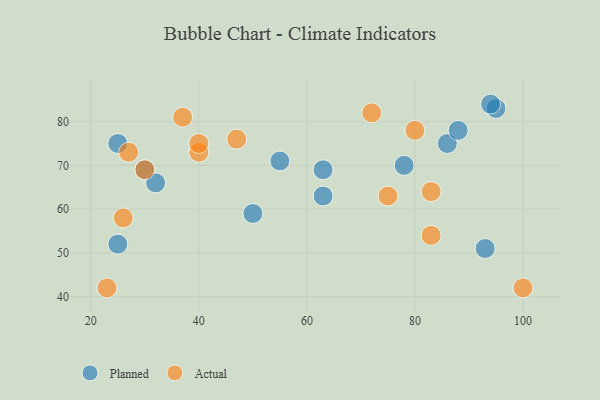
{"axis": {"x": "GDP", "y": "Life Expectancy"}, "legend": ["Actual", "Planned"], "data": [{"x": "30", "y": 69, "type": "Planned"}, {"x": "95", "y": 83, "type": "Planned"}, {"x": "93", "y": 51, "type": "Planned"}, {"x": "32", "y": 66, "type": "Planned"}, {"x": "55", "y": 71, "type": "Planned"}, {"x": "86", "y": 75, "type": "Planned"}, {"x": "88", "y": 78, "type": "Planned"}, {"x": "50", "y": 59, "type": "Planned"}, {"x": "63", "y": 63, "type": "Planned"}, {"x": "78", "y": 70, "type": "Planned"}, {"x": "94", "y": 84, "type": "Planned"}, {"x": "63", "y": 69, "type": "Planned"}, {"x": "25", "y": 52, "type": "Planned"}, {"x": "25", "y": 75, "type": "Planned"}, {"x": "83", "y": 64, "type": "Actual"}, {"x": "37", "y": 81, "type": "Actual"}, {"x": "75", "y": 63, "type": "Actual"}, {"x": "40", "y": 73, "type": "Actual"}, {"x": "40", "y": 75, "type": "Actual"}, {"x": "23", "y": 42, "type": "Actual"}, {"x": "100", "y": 42, "type": "Actual"}, {"x": "27", "y": 73, "type": "Actual"}, {"x": "30", "y": 69, "type": "Actual"}, {"x": "26", "y": 58, "type": "Actual"}, {"x": "72", "y": 82, "type": "Actual"}, {"x": "83", "y": 54, "type": "Actual"}, {"x": "47", "y": 76, "type": "Actual"}, {"x": "80", "y": 78, "type": "Actual"}]}